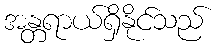
အန္တရာယ်ရှိနိုင်သည်